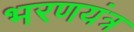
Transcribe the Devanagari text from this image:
भरणयंत्र